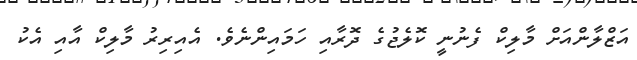
އަޒްލާންއަށް މާލިކް ފެނުނީ ކޮލެޖުގެ ދޮރާއި ހަމައިންނެވެ. އެއިރިރު މާލިކް އާއި އެކު